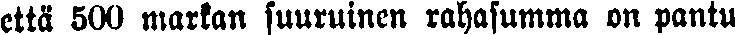
että 500 markan suuruinen rahasumma on pantu